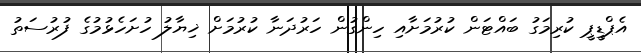
އެޕްޑީޕީ ކުރިމަގު ބައްޓަން ކުރުމަށާއި ހިންގުން ހަރުދަނާ ކުރުމަށް ޚިޔާލު ހުށަހެޅުމުގެ ފުރުސަތު